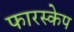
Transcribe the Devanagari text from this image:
फारस्केप